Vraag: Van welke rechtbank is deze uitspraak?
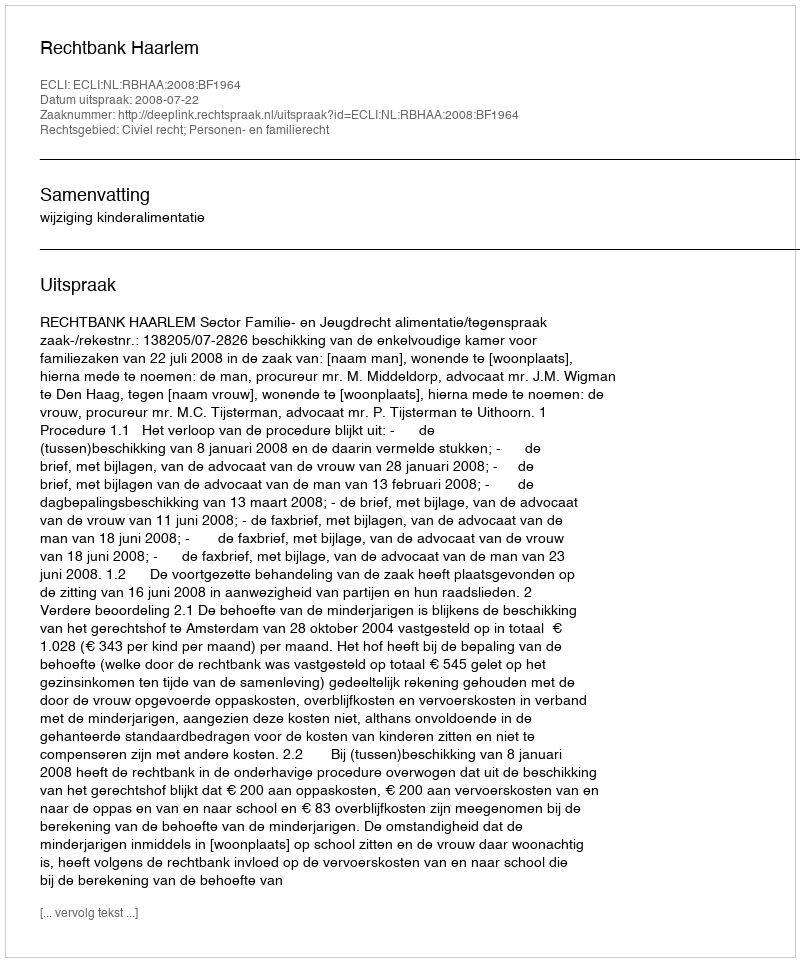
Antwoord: Rechtbank Haarlem